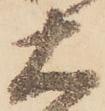
大